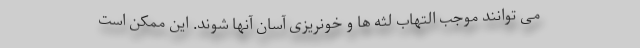
می توانند موجب التهاب لثه ها و خونریزی آسان آنها شوند. این ممکن است